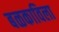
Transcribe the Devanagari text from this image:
बळकाविला